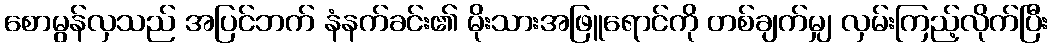
စောမွန်လှသည် အပြင်ဘက် နံနက်ခင်း၏ မိုးသားအဖြူရောင်ကို တစ်ချက်မျှ လှမ်းကြည့်လိုက်ပြီး